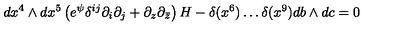
d x ^ { 4 } \wedge d x ^ { 5 } \left( e ^ { \psi } \delta ^ { i j } \partial _ { i } \partial _ { j } + \partial _ { z } \partial _ { \bar { z } } \right) H - \delta ( x ^ { 6 } ) \ldots \delta ( x ^ { 9 } ) d b \wedge d c = 0